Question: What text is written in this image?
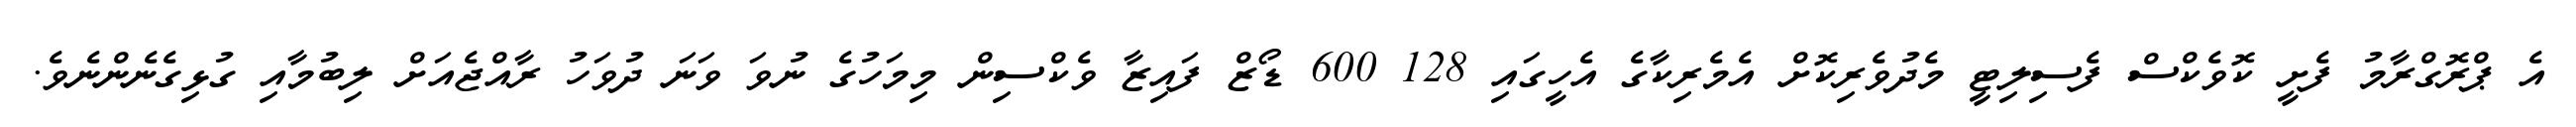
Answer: އެ ޕްރޮގްރާމު ފެށީ ކޮވެކްސް ފެސިލިޓީ މެދުވެރިކޮށް އެމެރިކާގެ އެހީގައި 128 600 ޑޯޒް ފައިޒާ ވެކްސިން މިމަހުގެ ނުވަ ވަނަ ދުވަހު ރާއްޖެއަށް ލިބުމާއި ގުޅިގެނެންނެވެ.